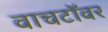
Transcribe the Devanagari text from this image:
वाचटॉवर